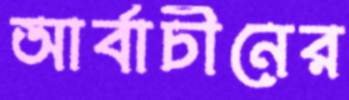
আর্বাচীনের